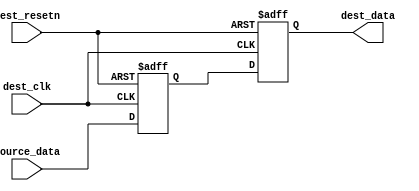
//  --=====================================================================--
//  This confidential and proprietary software may be used only as
//  authorised by a licensing agreement from ARM Limited
//   (C) COPYRIGHT 2013 ARM Limited
//        ALL RIGHTS RESERVED
//  The entire notice above must be reproduced on all authorised
//  copies and copies may only be made to the extent permitted
//  by a licensing agreement from ARM Limited.
//
//  -------------------------------------------------------------------------
//  Version and Release Control Information:
//
//   File Revision       :
//
//   Release Information : Cortex-M0 DesignStart-r2p0-00rel0
//
//  -------------------------------------------------------------------------
//
//
//  -------------------------------------------------------------------------
//  Purpose: Metastability regs
//  -------------------------------------------------------------------------
module meta_regs (
  dest_clk,
  dest_resetn,
  source_data,
  dest_data
  );

//  Simple metastability register

parameter INPUT_WIDTH      = 8;                 // Width of data bus
parameter INPUT_MAX        = INPUT_WIDTH - 1;   // Upper bound of data vector

  input                dest_clk;
  input                dest_resetn;
  input  [INPUT_MAX:0] source_data;
  output [INPUT_MAX:0] dest_data;

  // synchronization registers to avoid metastability issue
  wire [INPUT_MAX:0] dest_data;
  reg  [INPUT_MAX:0] dest_data_i1;
  reg  [INPUT_MAX:0] dest_data_i2;

  always @ (posedge dest_clk or negedge dest_resetn)
  begin
  if (!dest_resetn) begin
    dest_data_i1 <= {INPUT_WIDTH{1'b0}};
    dest_data_i2 <= {INPUT_WIDTH{1'b0}};
  end else begin
    dest_data_i1 <= source_data;
    dest_data_i2 <= dest_data_i1;
  end
  end

  assign dest_data = dest_data_i2;

endmodule